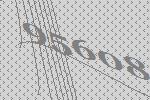
95608